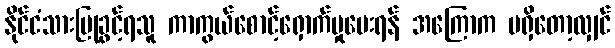
နိုင်ငံသားပြုခွင့်ရသူ ကာကွယ်စောင့်ရှောက်မှုပေးရန် အကြောက မရှိတော့လျှင်